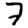
Digit: 7